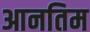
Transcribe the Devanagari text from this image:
आनतिम